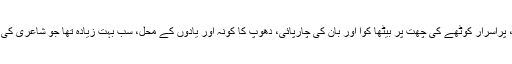
سیڑھیاں، پراسرار کوٹھے کی چھت پر بیٹھا کوا اور بان کی چارپائی، دھوپ کا کونہ اور یادوں کے محل، سب بہت زیادہ تھا جو شاعری کی کھاد تھا۔